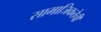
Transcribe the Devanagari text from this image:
सामाजिकतेची